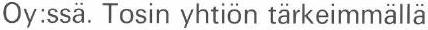
Oy:ssä. Tosin yhtiön tärkeimmällä